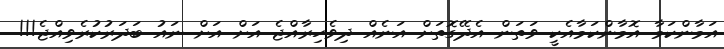
އަމާންކަމާ އޮމާންކަމާއެކީ ވަތަން އެދޭގޮތަށް އަނެއް ދިވެހިރާއްޖެ އަށް އަށް ނައު ބަދަރުކުރެވިއްޖެ!!!